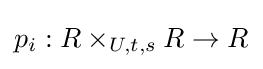
p_{i}:R\times _{U,t,s}R\to R